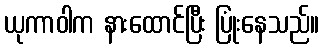
ယုကာဝါက နားထောင်ပြီး ပြုံးနေသည်။